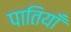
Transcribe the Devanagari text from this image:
पातियाँ